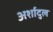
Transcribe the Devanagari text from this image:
अर्शादुल